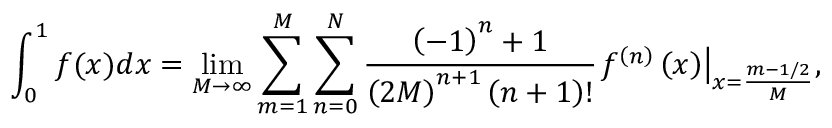
\int _ { 0 } ^ { 1 } { f ( x ) d x } = \operatorname* { l i m } _ { M \to \infty } \sum _ { m = 1 } ^ { M } { \sum _ { n = 0 } ^ { N } { { \frac { { { \left( { - 1 } \right) } ^ { n } } + 1 } { { { \left( { 2 M } \right) } ^ { n + 1 } } \left( { n + 1 } \right) ! } } { { \left. { { f ^ { \left( n \right) } } \left( x \right) } \right| } _ { x = { \frac { m - 1 / 2 } { M } } } } } } ,